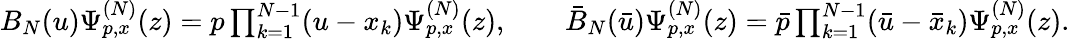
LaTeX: \begin{array}{r}{B_{N}(u)\Psi_{p,x}^{(N)}(z)=p\prod_{k=1}^{N-1}(u-x_{k})\Psi_{p,x}^{(N)}(z),\qquad\bar{B}_{N}(\bar{u})\Psi_{p,x}^{(N)}(z)=\bar{p}\prod_{k=1}^{N-1}(\bar{u}-\bar{x}_{k})\Psi_{p,x}^{(N)}(z).}\end{array}